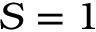
S = 1